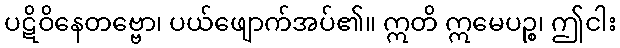
ပဋိဝိနေတဗ္ဗော၊ ပယ်ဖျောက်အပ်၏။ ဣတိ ဣမေပဉ္စ၊ ဤငါး